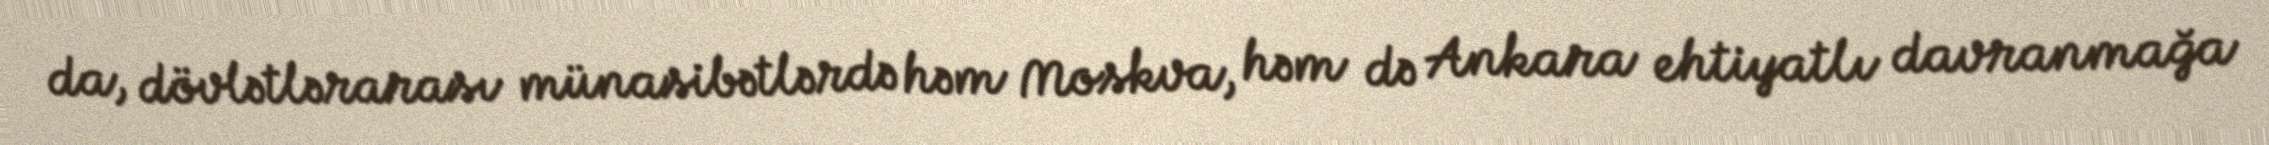
da, dövlətlərarası münasibətlərdə həm Moskva, həm də Ankara ehtiyatlı davranmağa